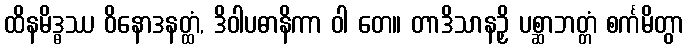
ထိနမိဒ္ဓဿ ဝိနောဒနတ္ထံ, ဒိဝါပဓာနိကာ ဝါ တေ။ တာဒိသာနဉှိ ပစ္ဆာဘတ္တံ စင်္ကမိတွာ